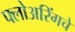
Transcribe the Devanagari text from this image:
फ्लोअरिंगचे